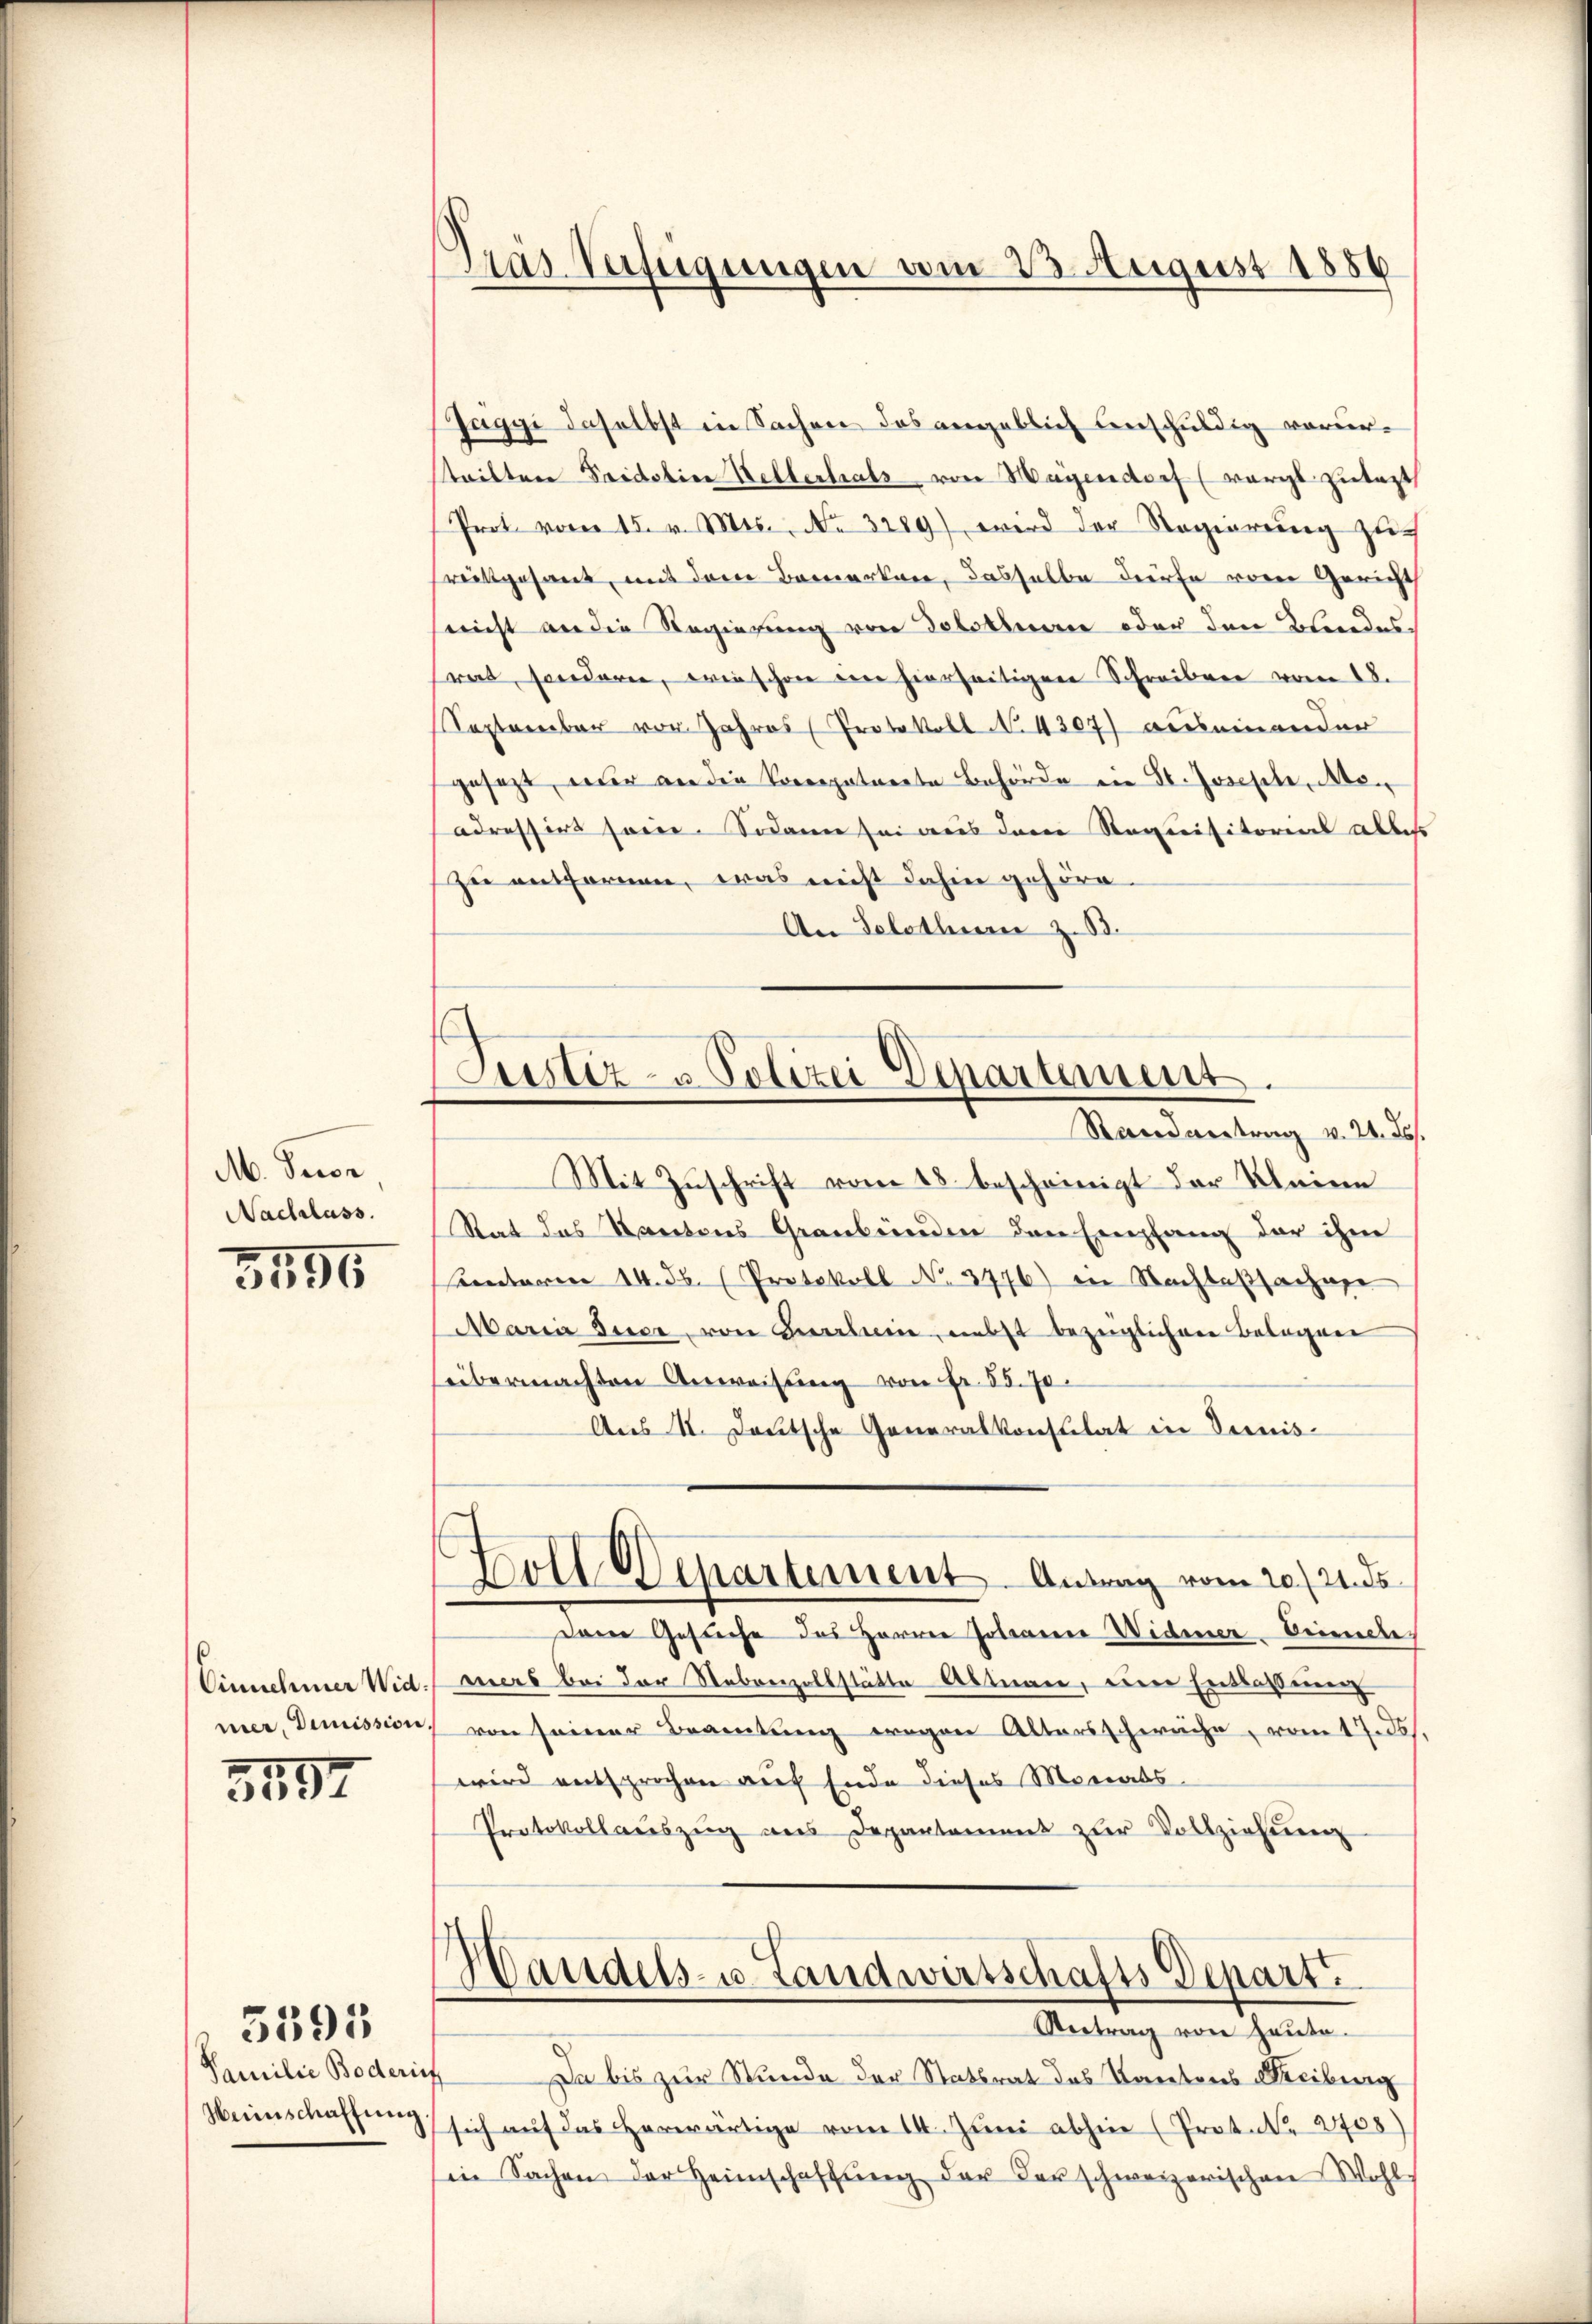
A. Decor
Nachlass.

3495

Einnehmer Wid:

3597

Familie Boderis
Weinschaffung

5595

Präs. Verfügungen am 23. August 1886

Zustiz- u. Polizei Departmens
Randantrag v. 21. ds.

Jaggi daselbst in Sachen des angeblich Anschuldig vorur-
steilten Fridolien Kellerhals von Magendorf (worgt zutagt
Prot. vom 15. v. Mts. No. 3289) wird der Regierŭng zu
sreitsgesant, mit dem Bemerken, dasselbe dürfe von Gericht
(nicht an die Regierung von Solothnerie oder den Blindes
srat, sonderen, wie schon ein hierseitigen Schreiben vom 28.
September vor Jahres Protokoll No. 4307) auseinander
gesezt, nur an die Vorregatarrte Behörde ein St. Joseste, Meadressirt sein. Sodann sei aus dem Stoquisitorial alles
zu entfernen, was nicht dahin gehöre.
An Solothur z. B.
Mit Zŭschrift vom 18. bescheinigt der Kleine
Rat des Kantons Graubünden den Empfang der ihm
mnterm 14. ds. (Protokoll No 3776) in Nachlaßsachen
Maria dice, von Quartin, nebst bezeiglichen Belegen
sübermachten Anweisung von Fr. 55. 70.
Aus VI. Deutsche Generalkonsulat in Deinis¬
Holl Departement. Antrag vom 20./21. ds.
Dame Gesuche des Herren Johann Widerer-Seiende
mers bei der Nebenzollstätte Altnau, eine Entlassung
mer, Demission von seiner Beamtung wegen Altersschwäche, vom 17. ds.
wird entsprochen auf Ende dieses Morials.
Protokollaŭszŭg ans Departement zŭr Vollziehŭng
Handels- u. Landwirtschafts Depart
Retrag von Hauso.
Da bis zur Stunde der Statsrat das Kantons Freiburg
sich auf das herwärtige vom 14. Juni abhin (Prot. N. 2708)
Ein Sachen der Heimschaffŭng der derschweizerischen Wohl-